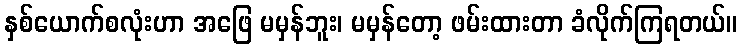
နှစ်ယောက်စလုံးဟာ အဖြေ မမှန်ဘူး၊ မမှန်တော့ ဖမ်းထားတာ ခံလိုက်ကြရတယ်။